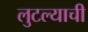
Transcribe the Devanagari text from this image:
लुटल्याची